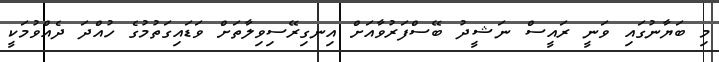
މި ބަޔާނުގައި ވަނީ ރައީސް ނަޝީދު ބޭސްފަރުވާއަށް އިނގިރޭސިވިލާތަށް ވަޑައިގަތުމުގެ ހުއްދަ ދެއްވުމަކީ